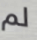
لم